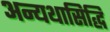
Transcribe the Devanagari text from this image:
अन्यथासिद्धि